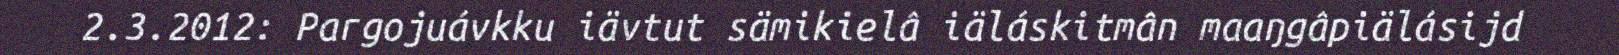
2.3.2012: Pargojuávkku iävtut sämikielâ iäláskitmân maaŋgâpiälásijd